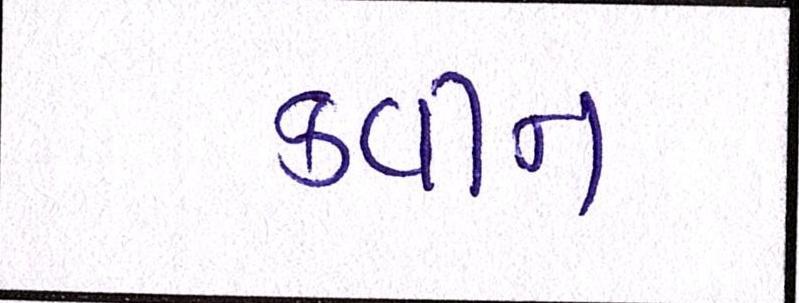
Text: ક્વીન